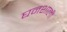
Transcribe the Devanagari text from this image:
घनशाली